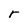
Character: r